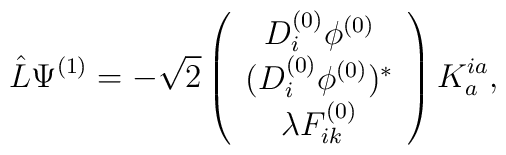
\hat{L}\Psi^{(1)} = - \sqrt{2}  \left( \begin{array}{c} D^{(0)}_{i}\phi^{(0)}  \\(D^{(0)}_{i}\phi^{(0)})^{\ast}  \\ \lambda   F^{(0)}_{ik}\end{array}\right) K^{ia}_{a},